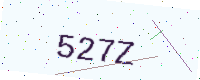
Text: 527Z